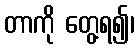
တာကို တွေ့ရ၍၊